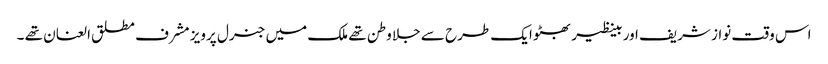
اس وقت نواز شریف اور بینظیر بھٹو ایک طرح سے جلا وطن تھے ملک میں جنرل پرویز مشرف مطلق العنان تھے ۔